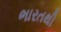
ભારતથી